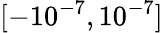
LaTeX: [-10^{-7},10^{-7}]